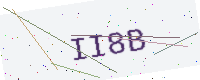
Text: II8B